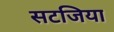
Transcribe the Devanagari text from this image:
सटजिया